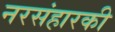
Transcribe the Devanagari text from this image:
नरसंहारकी